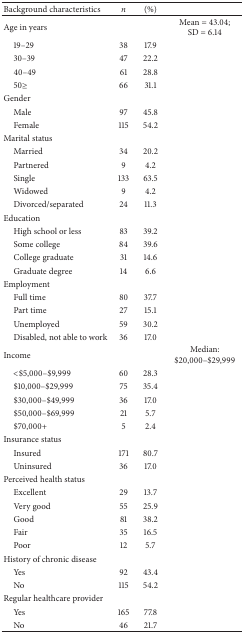
<table><thead><tr><td><b>Background characteristics</b></td><td><b><i>n </i></b></td><td><b>(%)</b></td><td><b> </b></td></tr></thead><tbody><tr><td>Age in years</td><td> </td><td> </td><td>Mean = 43.04; SD = 6.14</td></tr><tr><td>19–29 </td><td>38</td><td>17.9</td><td> </td></tr><tr><td>30–39 </td><td>47</td><td>22.2</td><td> </td></tr><tr><td>40–49 </td><td>61</td><td>28.8</td><td> </td></tr><tr><td>50≥</td><td>66</td><td> 31.1 </td><td> </td></tr><tr><td>Gender </td><td> </td><td> </td><td> </td></tr><tr><td>Male</td><td>97</td><td>45.8</td><td> </td></tr><tr><td>Female</td><td>115</td><td>54.2</td><td> </td></tr><tr><td>Marital status</td><td> </td><td> </td><td> </td></tr><tr><td>Married</td><td>34</td><td>20.2</td><td> </td></tr><tr><td>Partnered</td><td>9</td><td>4.2</td><td> </td></tr><tr><td>Single </td><td>133</td><td>63.5</td><td> </td></tr><tr><td>Widowed</td><td>9</td><td> 4.2</td><td> </td></tr><tr><td>Divorced/separated </td><td>24</td><td>11.3 </td><td> </td></tr><tr><td>Education </td><td> </td><td> </td><td> </td></tr><tr><td>High school or less</td><td>83</td><td>39.2</td><td> </td></tr><tr><td>Some college </td><td>84</td><td>39.6</td><td> </td></tr><tr><td>College graduate </td><td>31</td><td>14.6</td><td> </td></tr><tr><td>Graduate degree </td><td>14</td><td>6.6</td><td> </td></tr><tr><td>Employment</td><td> </td><td> </td><td> </td></tr><tr><td>Full time </td><td>80</td><td>37.7</td><td> </td></tr><tr><td>Part time </td><td>27</td><td> 15.1</td><td> </td></tr><tr><td>Unemployed </td><td>59</td><td>30.2</td><td> </td></tr><tr><td>Disabled, not able to work </td><td>36</td><td>17.0 </td><td> </td></tr><tr><td>Income</td><td> </td><td> </td><td>Median: $20,000–$29,999</td></tr><tr><td>&lt;$5,000–$9,999 </td><td>60</td><td>28.3</td><td> </td></tr><tr><td>$10,000–$29,999 </td><td>75</td><td>35.4</td><td> </td></tr><tr><td>$30,000–$49,999 </td><td>36</td><td>17.0</td><td> </td></tr><tr><td>$50,000–$69,999 </td><td>21</td><td>5.7</td><td> </td></tr><tr><td>$70,000+ </td><td>5</td><td>2.4</td><td> </td></tr><tr><td>Insurance status </td><td> </td><td> </td><td> </td></tr><tr><td>Insured</td><td>171</td><td>80.7</td><td> </td></tr><tr><td>Uninsured </td><td>36</td><td>17.0</td><td> </td></tr><tr><td>Perceived health status</td><td> </td><td> </td><td> </td></tr><tr><td>Excellent</td><td>29</td><td>13.7</td><td> </td></tr><tr><td>Very good</td><td>55</td><td>25.9</td><td> </td></tr><tr><td>Good</td><td>81</td><td>38.2</td><td> </td></tr><tr><td>Fair</td><td>35</td><td>16.5</td><td> </td></tr><tr><td>Poor</td><td>12</td><td>5.7</td><td> </td></tr><tr><td>History of chronic disease</td><td> </td><td> </td><td> </td></tr><tr><td>Yes </td><td>92</td><td>43.4</td><td> </td></tr><tr><td>No </td><td>115</td><td>54.2</td><td> </td></tr><tr><td>Regular healthcare provider</td><td> </td><td> </td></tr><tr><td>Yes </td><td>165</td><td>77.8</td><td> </td></tr><tr><td>No </td><td>46</td><td>21.7 </td><td> </td></tr></tbody></table>